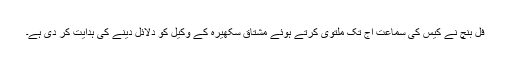
فل بنچ نے کیس کی سماعت آج تک ملتوی کرتے ہوئے مشتاق سکھیرہ کے وکیل کو دلائل دینے کی ہدایت کر دی ہے۔